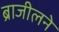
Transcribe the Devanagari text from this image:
ब्राजीलने